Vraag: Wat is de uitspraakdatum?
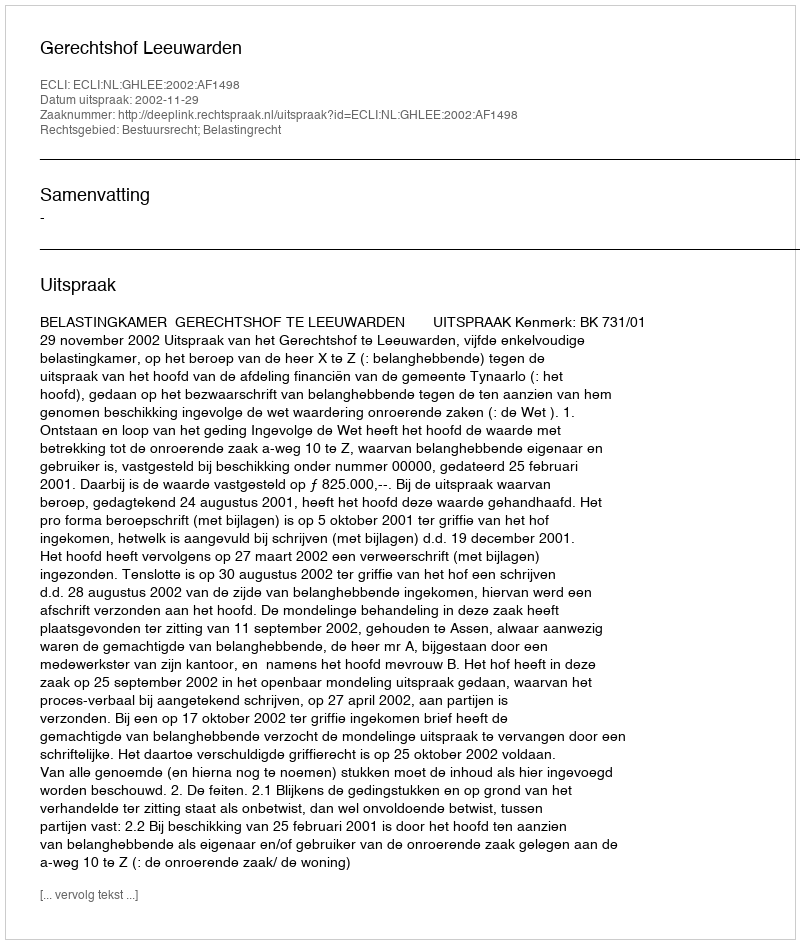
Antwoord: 2002-11-29